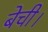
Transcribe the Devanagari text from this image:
बेची।